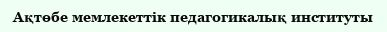
Ақтөбе мемлекеттiк педагогикалық институты